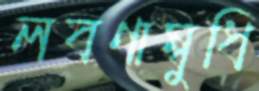
লবণাম্বুধি